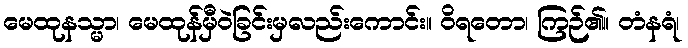
မေထုနသ္မာ၊ မေထုန်မှီဝဲခြင်းမှလည်းကောင်း။ ဝိရတော၊ ကြဉ်၏။ တံနရံ၊